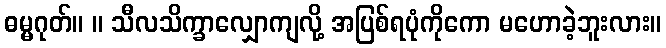
ဓမ္မဂုတ်။ ။ သီလသိက္ခာလျှောကျလို့ အပြစ်ရပုံကိုကော မဟောခဲ့ဘူးလား။